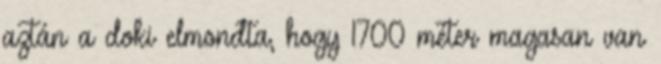
aztán a doki elmondta, hogy 1700 méter magasan van